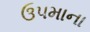
ઉપમાના